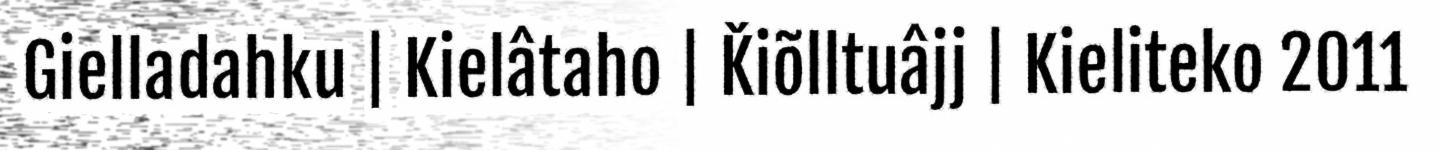
Gielladahku | Kielâtaho | Ǩiõlltuâjj | Kieliteko 2011